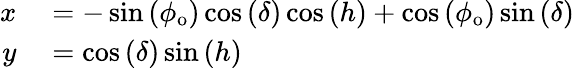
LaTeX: \begin{array}{rl}{x}&{{}=-\sin\left(\phi_{\mathrm{o}}\right)\cos\left(\delta\right)\cos\left(h\right)+\cos\left(\phi_{\mathrm{o}}\right)\sin\left(\delta\right)}\\ {y}&{{}=\cos\left(\delta\right)\sin\left(h\right)}\end{array}